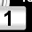
Digit: 1